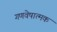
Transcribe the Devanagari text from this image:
गणवेषात्मक